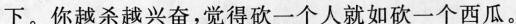
下。你越杀越兴奋,觉得砍一个人就如砍一个西瓜。